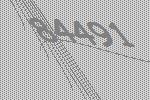
84491